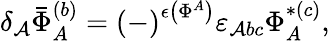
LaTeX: \delta_{\mathcal{A}}\bar{{\Phi}}_{A}^{(b)}=\left(-\right)^{\epsilon\left(\Phi^{A}\right)}\varepsilon_{\mathcal{A}bc}\Phi_{A}^{*(c)},